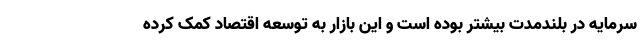
سرمایه در بلندمدت بیشتر بوده است و این بازار به توسعه اقتصاد کمک کرده